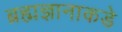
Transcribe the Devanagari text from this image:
ब्रह्मज्ञानाकडे